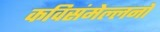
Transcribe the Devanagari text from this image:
कविसंमेल्लनों